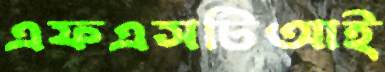
এফএসটিআই